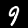
Label: 9